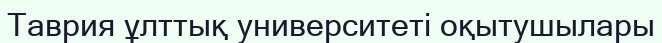
Таврия ұлттық университеті оқытушылары